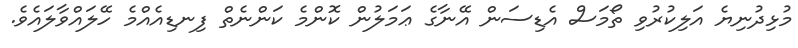
މުޅިދުނިޔެ އަލިކުރުވި ތޯމަސް އެޑިސަން އޭނާގެ ޢަމަލުން ކޮންމެ ކަންނެތް ފިނޑިއެއްމެ ހޭލައްވާލައެވެ.